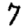
Digit: 7